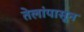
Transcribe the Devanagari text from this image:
तेलांपासून